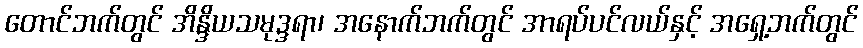
တောင်ဘက်တွင် အိန္ဒိယသမုဒ္ဒရာ၊ အနောက်ဘက်တွင် အာရပ်ပင်လယ်နှင့် အရှေ့ဘက်တွင်